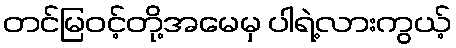
တင်မြဝင့်တို့အမေမှ ပါရဲ့လားကွယ့်